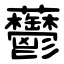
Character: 䖇